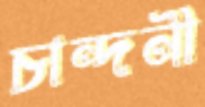
চান্দনী